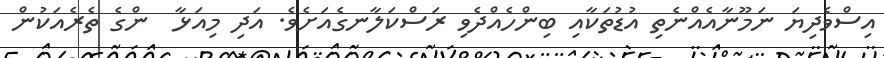
އިސްވެދިޔަ ނަމޫނާއެއްނެތި އުޑުތަކާއި ބިންހެއްދެވި ރަސްކަލާނގެއަށެވެ. އަދި މިއަޅާ  ންގެ ތެރެއަކުން